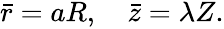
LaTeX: \begin{array}{r}{\bar{r}={a}R,\quad\bar{z}=\lambda Z.}\end{array}